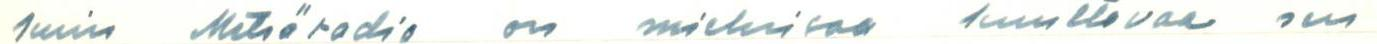
kuin Metsäradio on mieluisaa kuultavaa sen